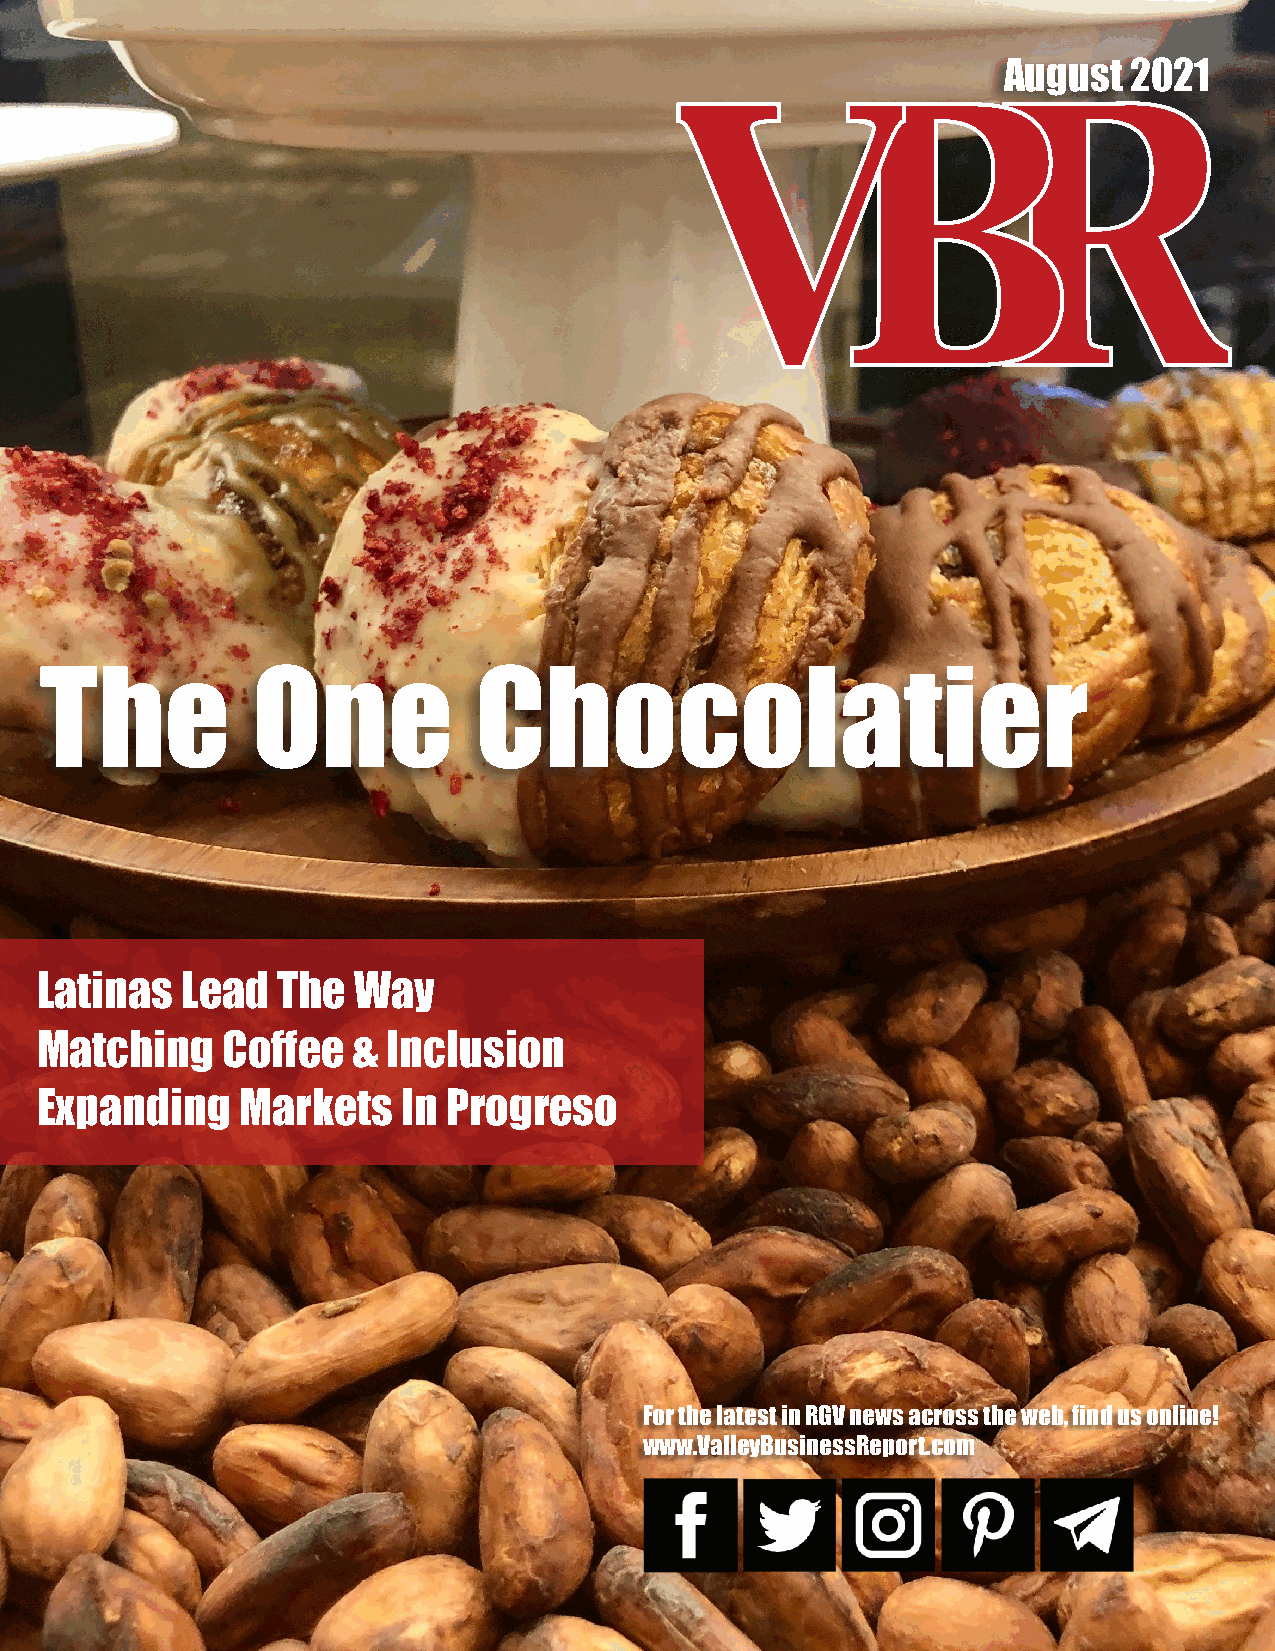
August   2021
 The           One           Chocolatier
 Latinas   Lead  The  Way
 Matching     Coffee  &  Inclusion
 Expanding     Markets    In Progreso
 For the latest in RGV news across the web, find us online!
 www.ValleyBusinessReport.com